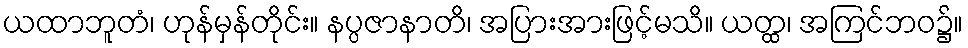
ယထာဘူတံ၊ ဟုန်မှန်တိုင်း။ နပ္ပဇာနာတိ၊ အပြားအားဖြင့်မသိ။ ယတ္ထ၊ အကြင်ဘဝ၌။